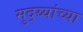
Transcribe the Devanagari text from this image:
मुद्य्यांच्या